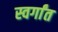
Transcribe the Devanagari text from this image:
स्वर्गांत